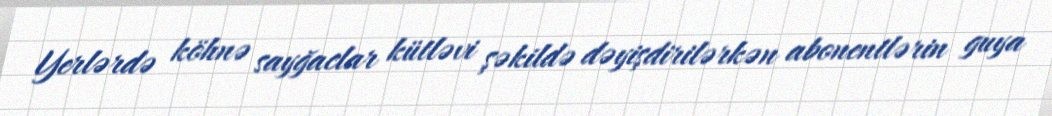
Yerlərdə köhnə sayğaclar kütləvi şəkildə dəyişdirilərkən abonentlərin guya